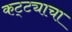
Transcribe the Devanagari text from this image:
कट्ट्याचा